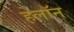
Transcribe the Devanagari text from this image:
हेलॉन